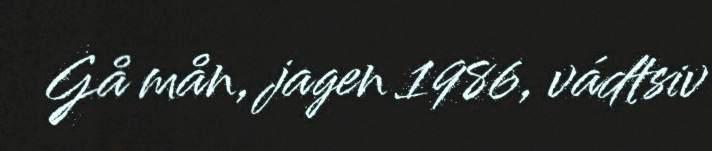
Gå mån, jagen 1986, vádtsiv